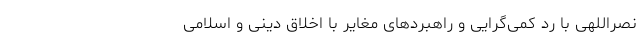
نصراللهی با رد کمی‌گرایی و راهبرد‌های مغایر با اخلاق دینی و اسلامی